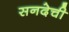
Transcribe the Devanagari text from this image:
सनदेची